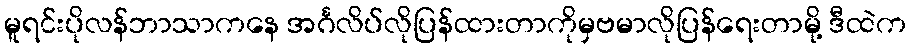
မူရင်းပိုလန်ဘာသာကနေ အင်္ဂလိပ်လိုပြန်ထားတာကိုမှဗမာလိုပြန်ရေးတာမို့ ဒီထဲက